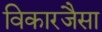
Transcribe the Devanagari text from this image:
विकारजैसा